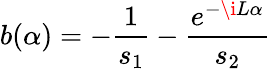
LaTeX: b(\alpha)=-\frac{1}{s_{1}}-\frac{e^{-\i L\alpha}}{s_{2}}